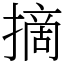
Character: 摘